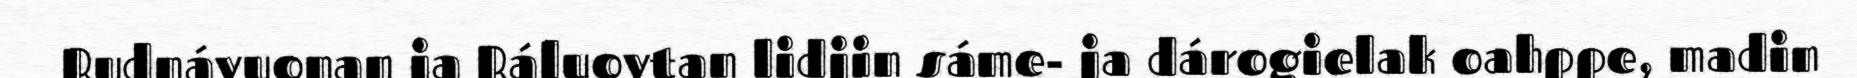
Rudnávuonan ja Ráluovtan lidjin sáme- ja dárogielak oahppe, madin